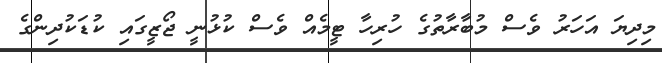
މިދިޔަ އަހަރު ވެސް މުބާރާތުގެ ހުރިހާ ޓީމެއް ވެސް ކުޅުނީ ޖޯޒީގައި ކުޑަކުދިންގެ